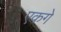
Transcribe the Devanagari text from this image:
एकगे